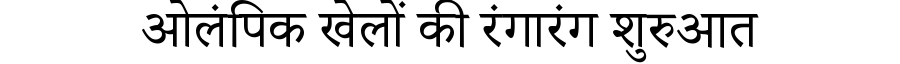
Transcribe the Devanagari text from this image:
ओलंपिक खेलों की रंगारंग शुरुआत